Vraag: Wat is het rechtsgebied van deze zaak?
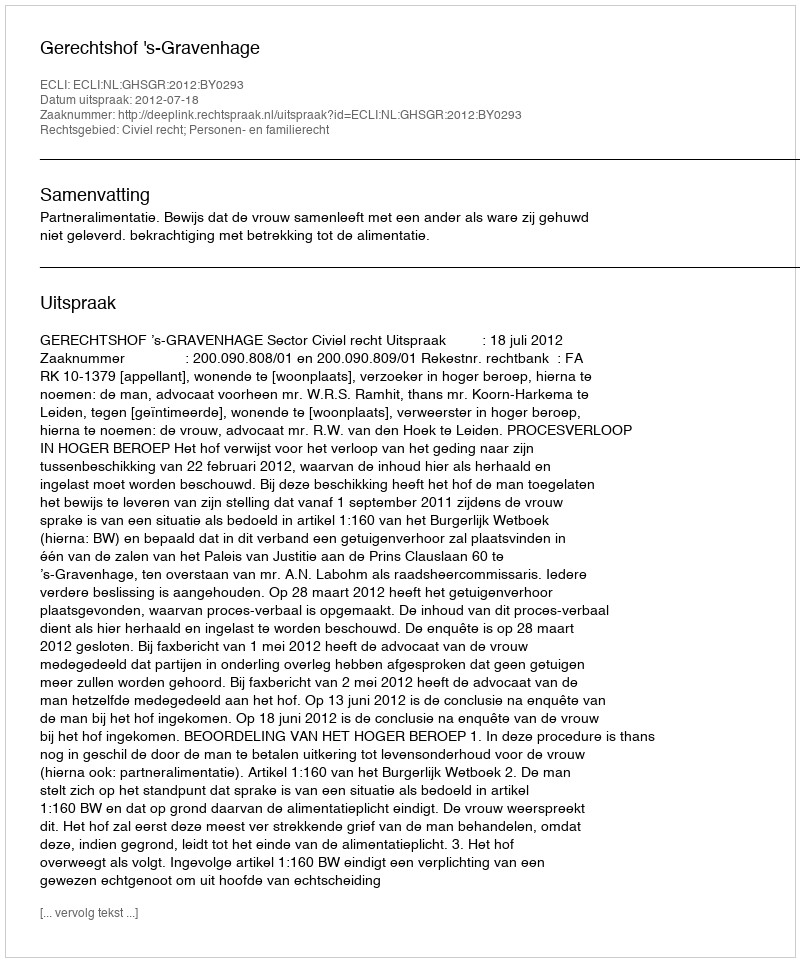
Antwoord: Civiel recht; Personen- en familierecht